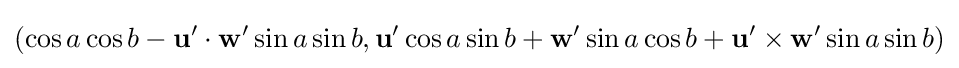
(\cos a\cos b-{\mathbf {u}}'\cdot {\mathbf {w}}'\sin a\sin b,{\mathbf {u}}'\cos a\sin b+{\mathbf {w}}'\sin a\cos b+{\mathbf {u}}'\times {\mathbf {w}}'\sin a\sin b)